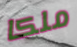
ملكا